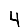
Digit: 4